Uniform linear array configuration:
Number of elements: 8
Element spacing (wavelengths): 0.5
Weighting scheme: hamming
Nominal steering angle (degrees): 15
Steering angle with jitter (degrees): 13.822
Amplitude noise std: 0.05
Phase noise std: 0.05

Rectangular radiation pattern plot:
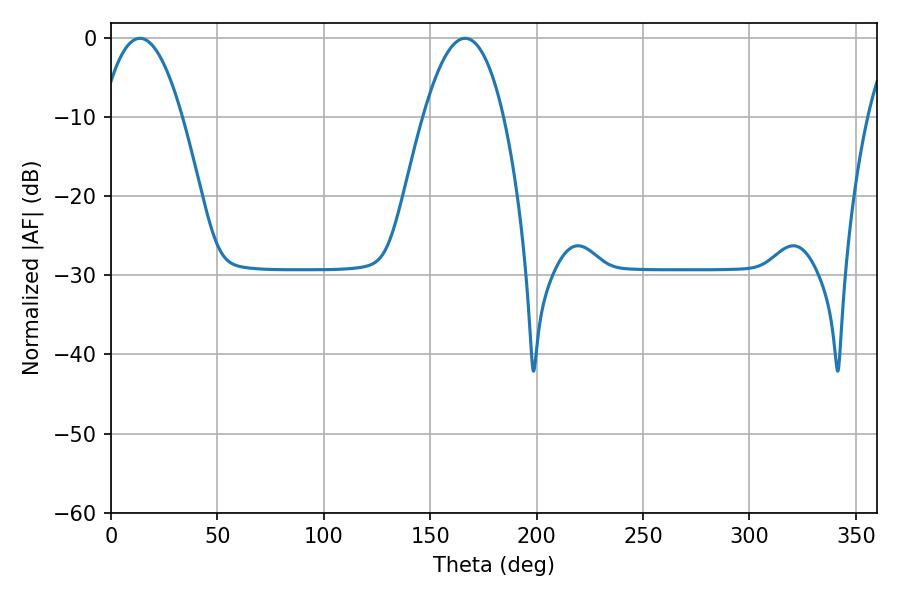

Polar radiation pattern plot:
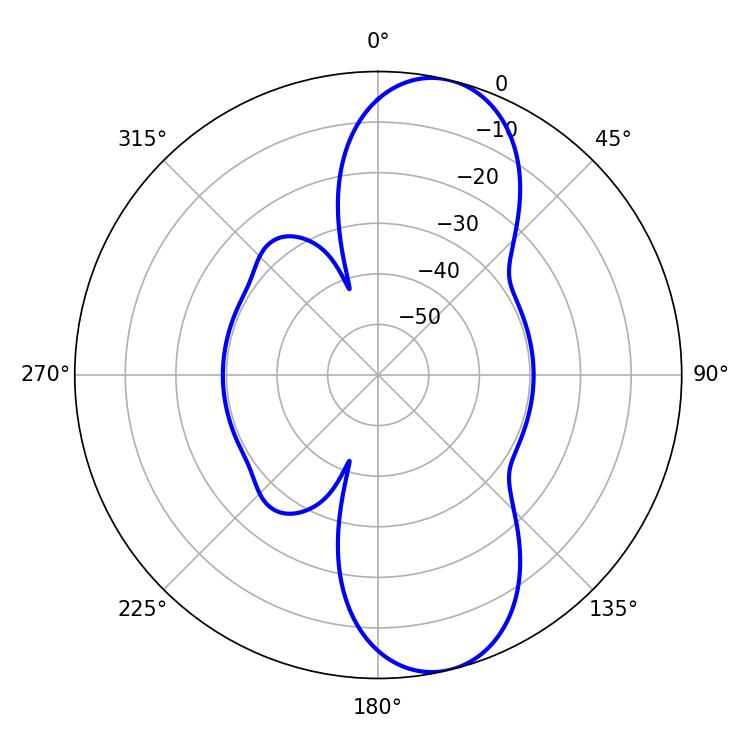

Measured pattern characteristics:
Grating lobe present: FALSE
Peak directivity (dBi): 10.253
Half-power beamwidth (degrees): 20.88
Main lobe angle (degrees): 13.68